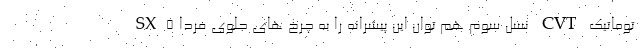
توماتیک CVT نسل سوم هم توان این پیشرانه را به چرخ های جلوی فردا SX5